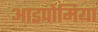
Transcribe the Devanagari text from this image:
आइपोमिया